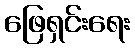
ဖြေရှင်းရေး